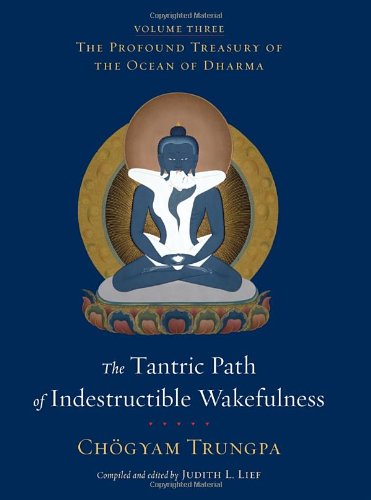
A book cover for The Tantric Path of Indestructible Wakefulness: The Profound Treasury of the Ocean of Dharma, Volume Three; Chogyam Trungpa; Religion & Spirituality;